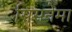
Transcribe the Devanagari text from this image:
सिसनेमा